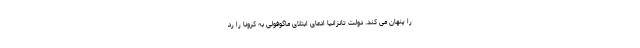
را پنهان می کند. دولت تانزانیا ادعای ابتلای ماگوفولی به کرونا را رد